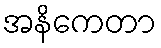
အနိကေတာ